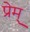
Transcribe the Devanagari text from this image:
प्रेम्